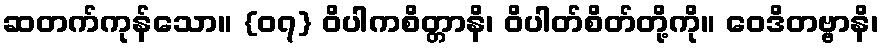
ဆတက်ကုန်သော။ {၀၇} ဝိပါကစိတ္တာနိ၊ ဝိပါတ်စိတ်တို့ကို။ ဝေဒိတဗ္ဗာနိ၊